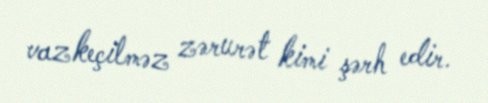
vazkeçilməz zərurət kimi şərh edir.